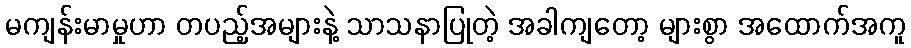
မကျန်းမာမှုဟာ တပည့်အများနဲ့ သာသနာပြုတဲ့ အခါကျတော့ များစွာ အထောက်အကူ